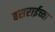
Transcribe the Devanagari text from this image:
बसराईच्या